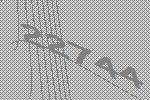
22744